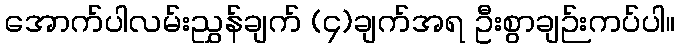
အောက်ပါလမ်းညွှန်ချက် (၄)ချက်အရ ဦးစွာချဉ်းကပ်ပါ။